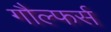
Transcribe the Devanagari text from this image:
गौल्फर्स